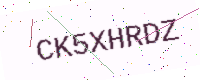
Text: CK5XHRDZ